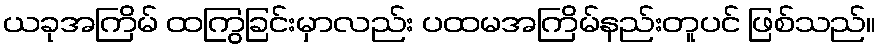
ယခုအကြိမ် ထကြွခြင်းမှာလည်း ပထမအကြိမ်နည်းတူပင် ဖြစ်သည်။